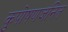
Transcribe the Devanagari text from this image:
कुपोषणजनित